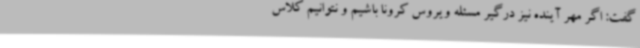
گفت: اگر مهر آینده نیز درگیر مسئله ویروس کرونا باشیم و نتوانیم کلاس